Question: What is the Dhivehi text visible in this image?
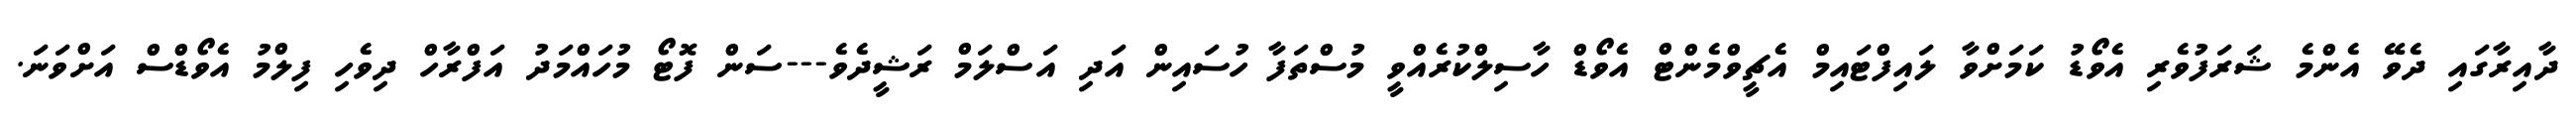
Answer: ދާއިރާގައި ދެވޭ އެންމެ ޝަރަފުވެރި އެވޯޑު ކަމަށްވާ ލައިފްޓައިމް އެޗީވްމެންޓް އެވޯޑް ހާސިލްކުރެއްވީ މުސްތަފާ ހުސައިން އަދި އަސްލަމް ރަޝީދެވެ---ސަން ފޮޓޯ މުހައްމަދު އަފްރާހް ދިވެހި ފިލްމު އެވޯޑްސް އަށްވަނަ.